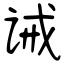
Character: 诫